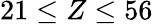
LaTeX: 21\leq Z\leq 56